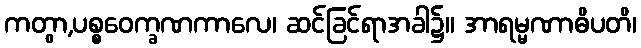
ကတွာ,ပစ္စဝေက္ခဏကာလေ၊ ဆင်ခြင်ရာအခါ၌။ အာရမ္မဏာဓိပတိ၊